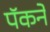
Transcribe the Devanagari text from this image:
पॅकने